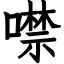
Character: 噤